Annual administration report of the Civil Veterinary Department, Sind - 1937-1938
Year: 1937
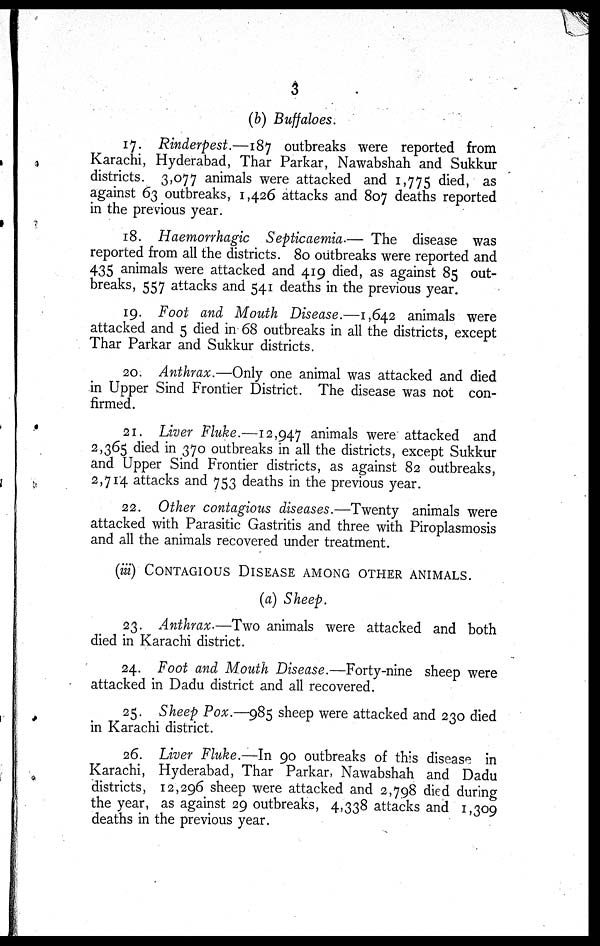
3
(b) Buffaloes.
17. Rinderpest.—187 outbreaks were reported from
Karachi, Hyderabad, Thar Parkar, Nawabshah and Sukkur
districts. 3,077 animals were attacked and 1,775 died, as
against 63 outbreaks, 1,426 attacks and 807 deaths reported
in the previous year.
18. Haemorrhagic Septicaemia.— The disease was
reported from all the districts. 80 outbreaks were reported and
435 animals were attacked and 419 died, as against 85 out-
breaks, 557 attacks and 541 deaths in the previous year.
19. Foot and Mouth Disease.—1,642 animals were
attacked and 5 died in 68 outbreaks in all the districts, except
Thar Parkar and Sukkur districts.
20. Anthrax.—Only one animal was attacked and died
in Upper Sind Frontier District. The disease was not con-
firmed.
21. Liver Fluke.—12,947 animals were attacked and
2,365 died in 370 outbreaks in all the districts, except Sukkur
and Upper Sind Frontier districts, as against 82 outbreaks,
2,714 attacks and 753 deaths in the previous year.
22. Other contagious diseases.—Twenty animals were
attacked with Parasitic Gastritis and three with Piroplasmosis
and all the animals recovered under treatment.
(iii) CONTAGIOUS DISEASE AMONG OTHER ANIMALS.
(a) Sheep.
23. Anthrax-—Two animals were attacked and both
died in Karachi district.
24. Foot and Mouth Disease.—Forty-nine sheep were
attacked in Dadu district and all recovered.
25. Sheep Pox.—985 sheep were attacked and 230 died
in Karachi district.
26. Liver Fluke.—In 90 outbreaks of this disease in
Karachi, Hyderabad, Thar Parkar, Nawabshah and Dadu
districts, 12,296 sheep were attacked and 2,798 died during
the year, as against 29 outbreaks, 4,338 attacks and 1,309
deaths in the previous year.